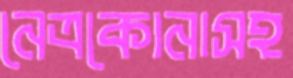
নেত্রকোনাসহ